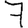
Digit: 7